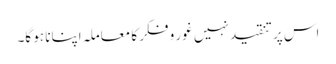
اس پر تنقید نہیں غور و فکر کا معاملہ اپنانا ہو گا۔